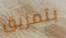
بتمزيق